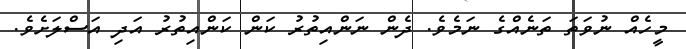
މީހެއް ނުވަތަ ތަނެއްގެ ނަމެވެ. ދެން ނަންއިތުރު ކަން ކަންއިތުރު އަދި އަސްލަށެވެ.